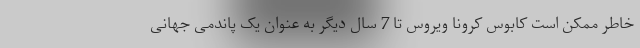
خاطر ممکن است کابوس کرونا ویروس تا 7 سال دیگر به عنوان یک پاندمی جهانی